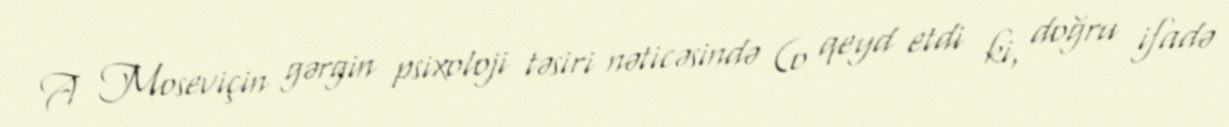
A Moseviçin gərgin psixoloji təsiri nəticəsində (o qeyd etdi ki, doğru ifadə